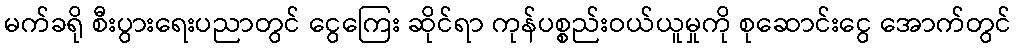
မက်ခရို စီးပွားရေးပညာတွင် ငွေကြေး ဆိုင်ရာ ကုန်ပစ္စည်းဝယ်ယူမှုကို စုဆောင်းငွေ အောက်တွင်